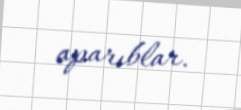
aparıblar.